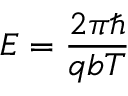
E = \frac { 2 \pi \hbar } { q b T }